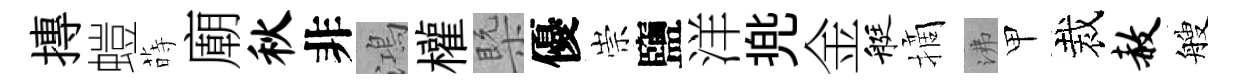
摶螘蒔廟秋非鴻權槩優崇鹽洋兠金艇摘沸甲裁赦艘